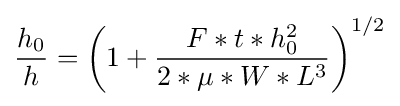
{\frac {h_{0}}{h}}=\left(1+{\frac {F*t*h_{0}^{2}}{2*\mu *W*L^{3}}}\right)^{1/2}